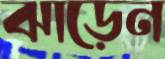
ঝাড়েন